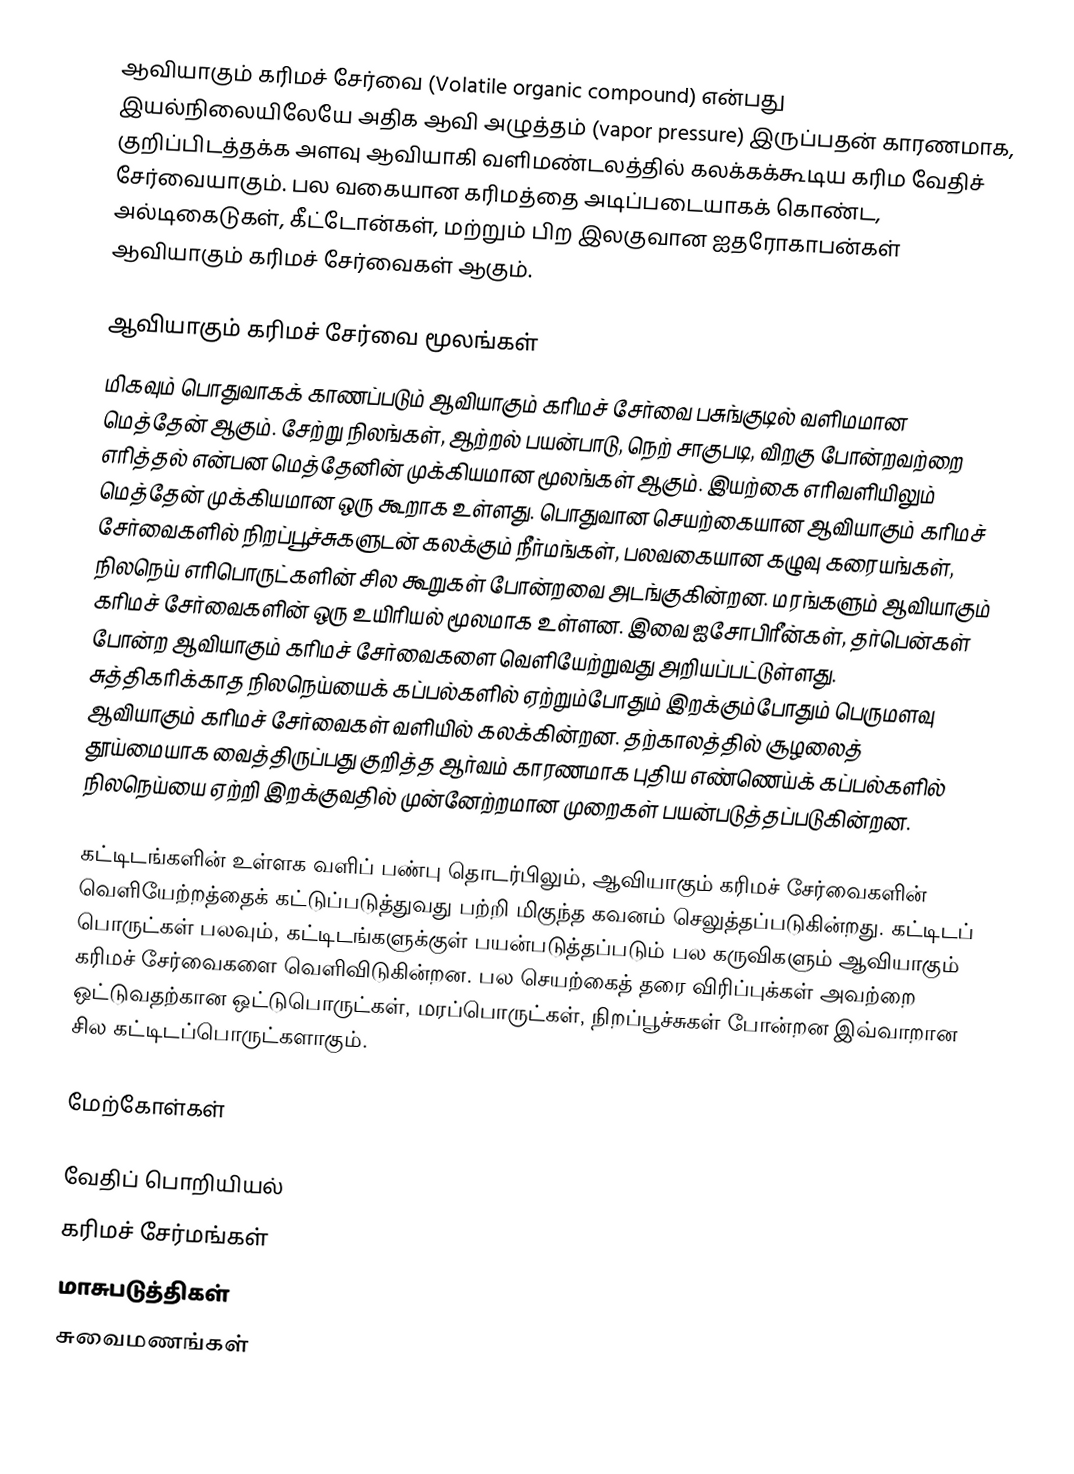
ஆவியாகும் கரிமச் சேர்வை (Volatile organic compound) என்பது இயல்நிலையிலேயே அதிக ஆவி அழுத்தம் (vapor pressure) இருப்பதன் காரணமாக,  குறிப்பிடத்தக்க அளவு ஆவியாகி வளிமண்டலத்தில் கலக்கக்கூடிய கரிம வேதிச் சேர்வையாகும். பல வகையான கரிமத்தை அடிப்படையாகக் கொண்ட, அல்டிகைடுகள், கீட்டோன்கள், மற்றும் பிற இலகுவான ஐதரோகாபன்கள் ஆவியாகும் கரிமச் சேர்வைகள் ஆகும்.

ஆவியாகும் கரிமச் சேர்வை மூலங்கள்
மிகவும் பொதுவாகக் காணப்படும் ஆவியாகும் கரிமச் சேர்வை பசுங்குடில் வளிமமான மெத்தேன் ஆகும். சேற்று நிலங்கள், ஆற்றல் பயன்பாடு, நெற் சாகுபடி, விறகு போன்றவற்றை எரித்தல் என்பன மெத்தேனின் முக்கியமான மூலங்கள் ஆகும். இயற்கை எரிவளியிலும் மெத்தேன் முக்கியமான ஒரு கூறாக உள்ளது. பொதுவான செயற்கையான ஆவியாகும் கரிமச் சேர்வைகளில் நிறப்பூச்சுகளுடன் கலக்கும் நீர்மங்கள், பலவகையான கழுவு கரையங்கள், நிலநெய் எரிபொருட்களின் சில கூறுகள் போன்றவை அடங்குகின்றன. மரங்களும் ஆவியாகும் கரிமச் சேர்வைகளின் ஒரு உயிரியல் மூலமாக உள்ளன. இவை ஐசோபிரீன்கள், தர்பென்கள் போன்ற ஆவியாகும் கரிமச் சேர்வைகளை வெளியேற்றுவது அறியப்பட்டுள்ளது. சுத்திகரிக்காத நிலநெய்யைக் கப்பல்களில் ஏற்றும்போதும் இறக்கும்போதும் பெருமளவு ஆவியாகும் கரிமச் சேர்வைகள் வளியில் கலக்கின்றன. தற்காலத்தில் சூழலைத் தூய்மையாக வைத்திருப்பது குறித்த ஆர்வம் காரணமாக புதிய எண்ணெய்க் கப்பல்களில் நிலநெய்யை ஏற்றி இறக்குவதில் முன்னேற்றமான முறைகள் பயன்படுத்தப்படுகின்றன.

கட்டிடங்களின் உள்ளக வளிப் பண்பு தொடர்பிலும், ஆவியாகும் கரிமச் சேர்வைகளின் வெளியேற்றத்தைக் கட்டுப்படுத்துவது பற்றி மிகுந்த கவனம் செலுத்தப்படுகின்றது. கட்டிடப் பொருட்கள் பலவும், கட்டிடங்களுக்குள் பயன்படுத்தப்படும் பல கருவிகளும் ஆவியாகும் கரிமச் சேர்வைகளை வெளிவிடுகின்றன. பல செயற்கைத் தரை விரிப்புக்கள் அவற்றை ஒட்டுவதற்கான ஒட்டுபொருட்கள், மரப்பொருட்கள், நிறப்பூச்சுகள் போன்றன இவ்வாறான சில கட்டிடப்பொருட்களாகும்.

மேற்கோள்கள்

வேதிப் பொறியியல்
கரிமச் சேர்மங்கள்
மாசுபடுத்திகள்
சுவைமணங்கள்